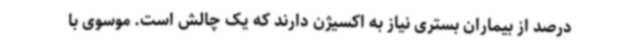
درصد از بیماران بستری نیاز به اکسیژن دارند که یک چالش است. موسوی با